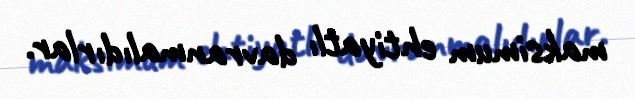
maksimum ehtiyatlı davranmalıdırlar.